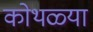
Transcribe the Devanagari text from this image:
कोथळ्या